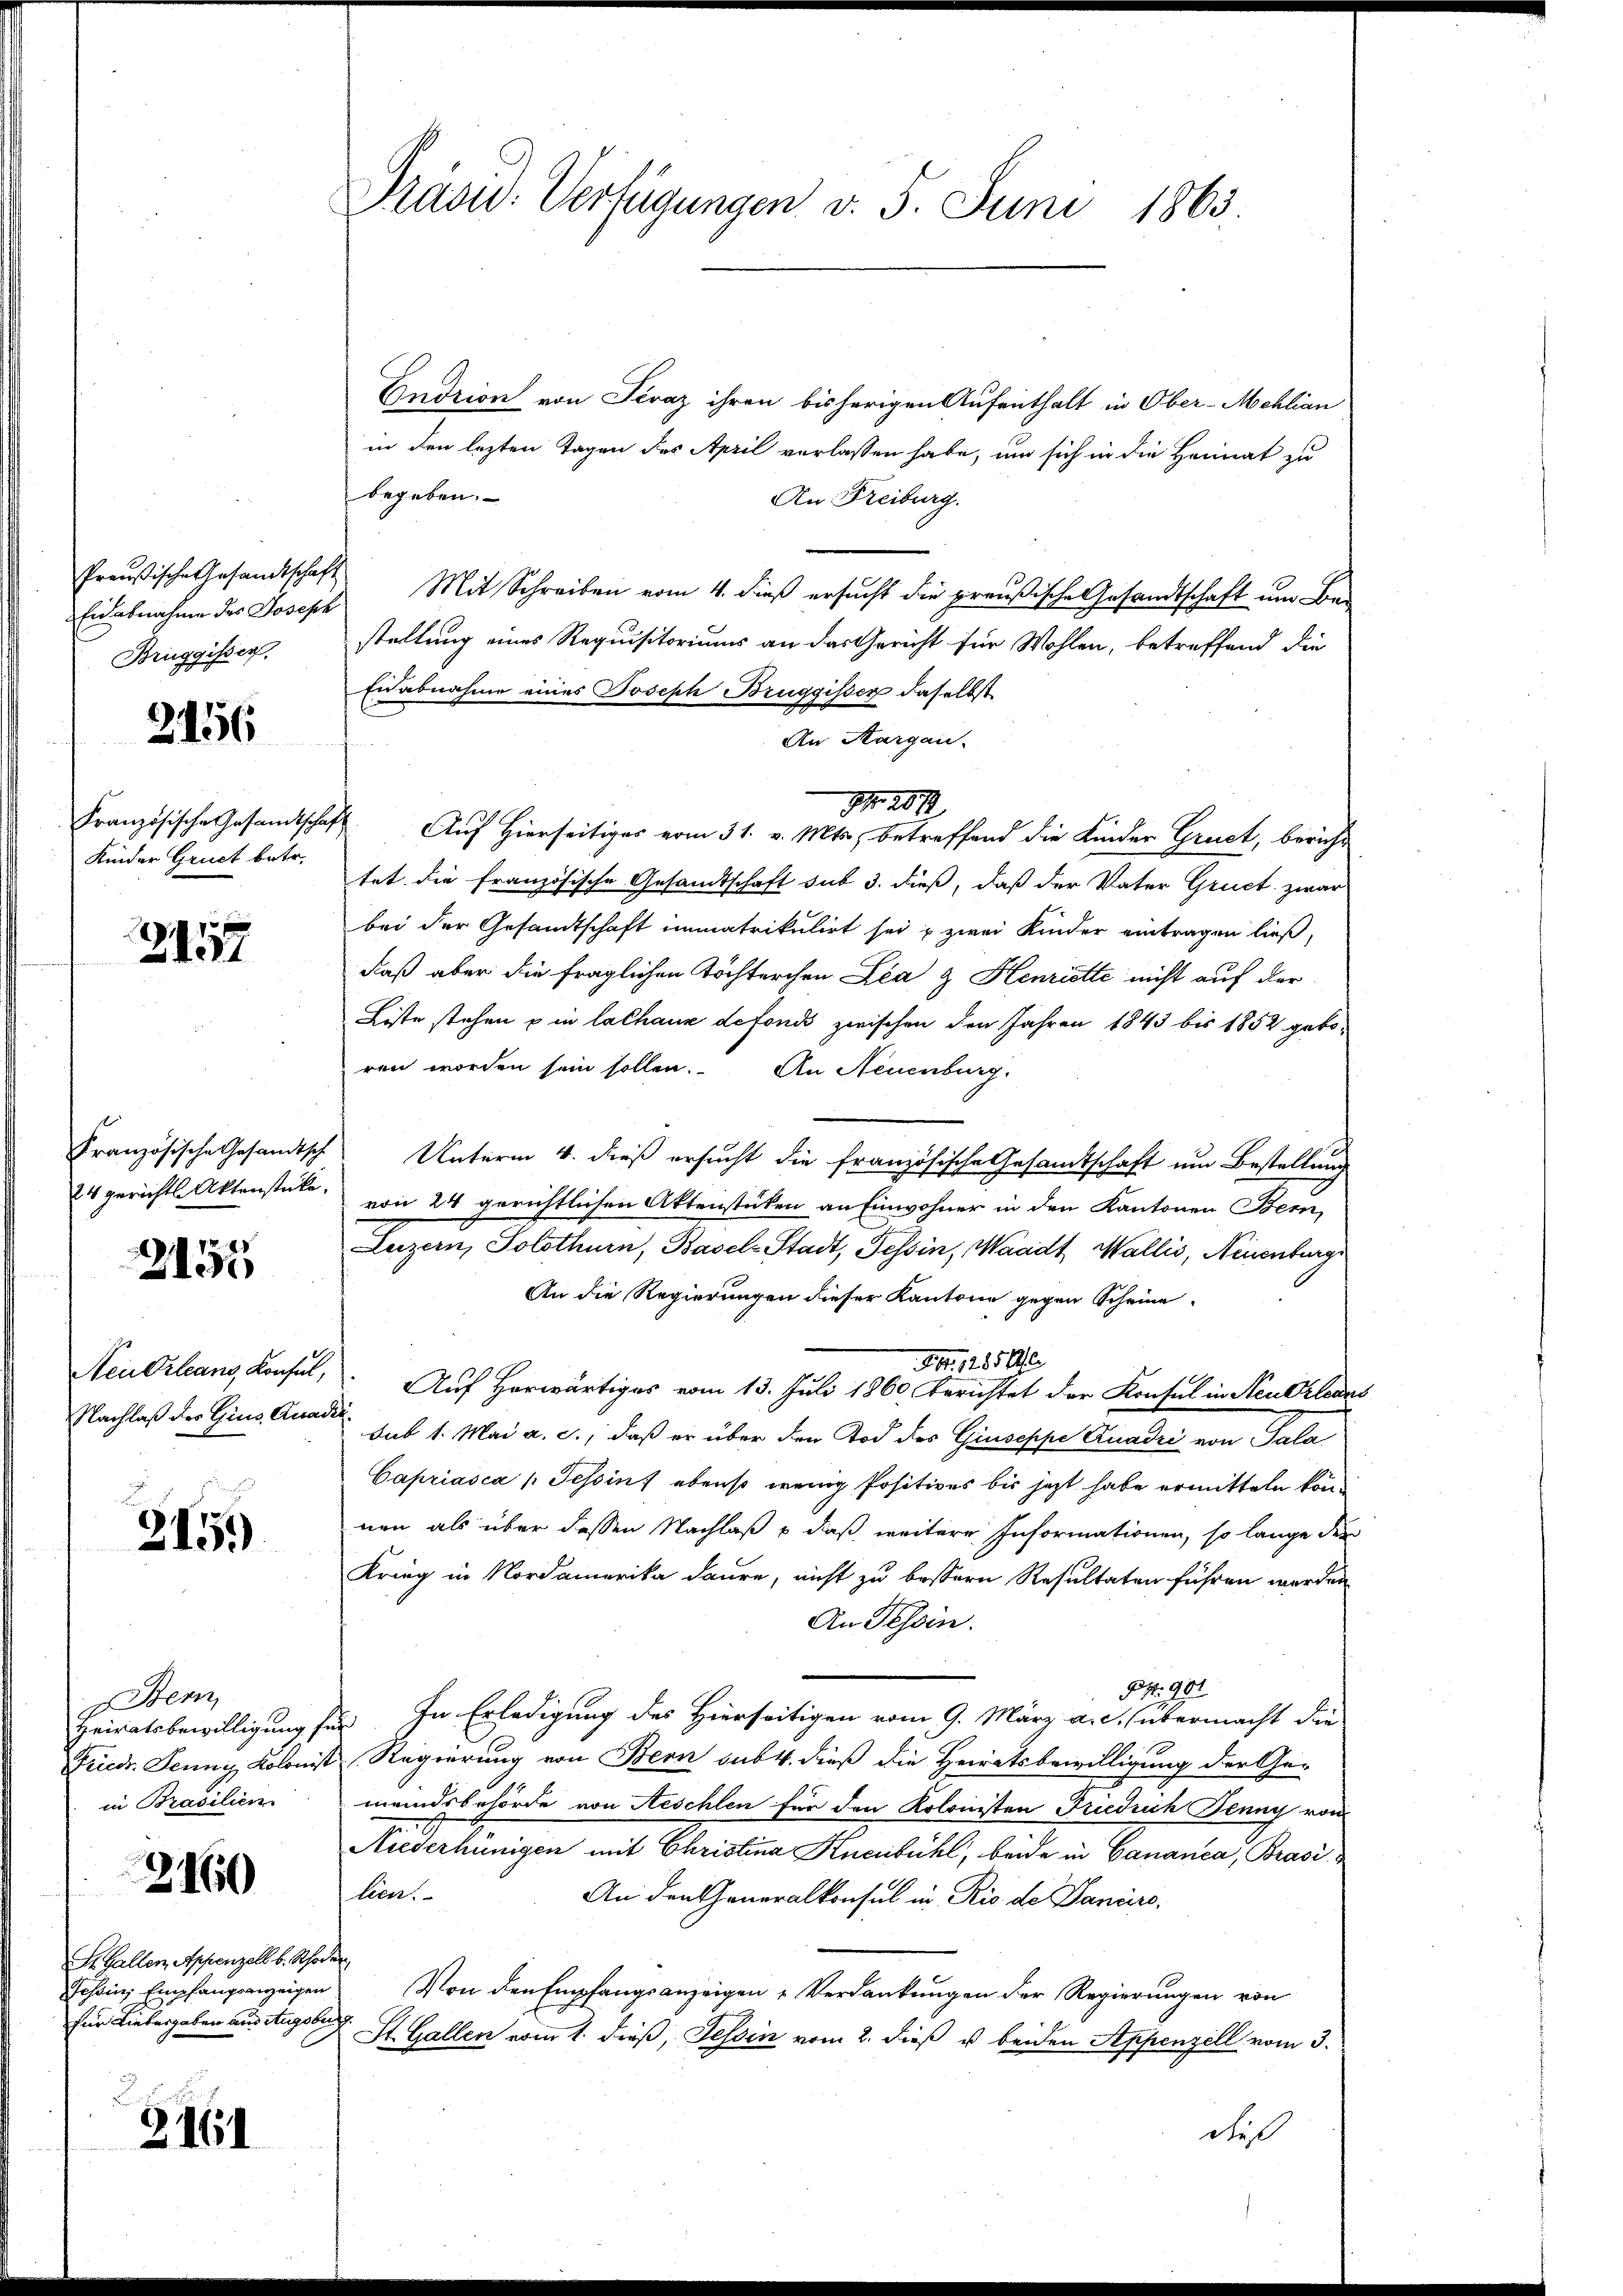
Eidabnahme des Joseph
Brüggisser.

2156

Kinder Gruct betr.

Z 1117

2157

Nachlaß der Gies. Quadra

215)

Ber
in Prasilien

2160

S. Gallen, Appenzell b. Schor
Tessin, Empfangsanzeigen
für Liebergaben aus Augsb

2.
2161

Präsid.: Verfügungen v. 5. Juni 1863.

Entzion von Tiraz ihren bisherigen Aufenthalt in Ober-Mehlian
in den lezten Tagen des April verlassen habe, um sich in die Heimat zu
begeben.
An Freiburg.
Preußische Gesandtschaft Mit Schreiben vom 4. dieß ersucht die preußische Gesandtschaft um Bei
stallung eines Requisitoriums an das Gericht für Wohlen, betreffend die
Eidabnahme eines Joseph Bruggisser daselbst
An Aargau.
Nr. 201
Französische Gesandtschaft Auf Hierseitiges vom 31. v. Mts., betreffend die Kinder Gruict, bericht
tet die französische Gesandtschaft sub 3. dieß, daß der Vater Gruct. zwar
bei der Gesandtschaft immatrikulirt sei u zwei Kinder eintragen ließ,
daß aber die fraglichen Töchterchen Lea & Henriette nicht auf der
Liste stehen u in lachaue defonis zwischen den Jahren 1843 bis 1852 geboren worden sein sollen. An Neuenburg.
Französische Gesandtsch Unterm 4. dieß ersucht die französische Gesandtschaft um Bestellung
24 gerichts Aktenstate von 24 gerichtlichen Aktenstücken an Einwohner in den Kantonen Bern,
Luzern, Solothurn, Basel-Stadt, Tessin, Waadt, Wallis, Neuenburge
An die Regierungen dieser Kantone gegen Scheine
Nr. 1285 1/2
Neudrleans, Konsul, Auf Horwärtiges vom 13. Juli 1860 berichtet der Konsul in Neuerladus
sub 1. Mai a. c., daß er über den Tod des Giuseppe Quadri von Sala
Capriasca /: Tessin, ebenso wenig Positives bis jetzt habe ermitteln können als über dessen Nachlaß – daß weitere Informationen, so lange der
Krieg in Nordamerika daure, nicht zu bessern Resultaten führen werden
An Tessin.
P. 901
peiratsbewilligung für In Erledigung des Hierseitigen vom 9. März a. c. übermacht die
Friedr. Jenny, Kolonist Regierung von Bern sub 4. dieß die Heiratsbewilligung der Ge-
meindsbehörde von Aeschlen für den Kolonisten Friedrich Jenny von
Niederhünigen mit Christina Stuebühl, beide in Bananca, Brasi
lien.
An den Generalkonsul in Rio de Daniers.
t
Von den Empfangsanzeigen Verdankungen der Regierungen von
h
St. Gallen vom 1. dieß, Tessin vom 2. dieß u. beiden Appenzell vom 3.
die